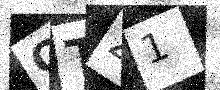
Text: QTZ1